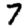
Digit: 7